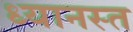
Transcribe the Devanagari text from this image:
ध्यानस्त